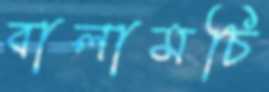
বালামচি